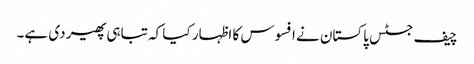
چیف جسٹس پاکستان نے افسوس کا اظہار کیا کہ تباہی پھیر دی ہے۔